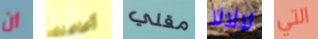
أن أعاملك مقلي لالالا التي